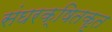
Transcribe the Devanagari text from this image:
संघरक्षितकृत